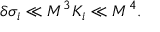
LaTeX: \delta \sigma _ { i } \ll M ^ { 3 } K _ { i } \ll M ^ { 4 } .